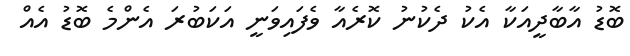
ބޮޑު އާބާދީއަކާ އެކު ދެކުނު ކޮރެއާ ވެފައިވަނީ އަކަބުރަ އެންމެ ބޮޑު އެއް